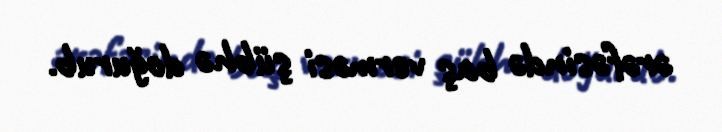
ərəfəsində baş verməsi şübhə doğurub.